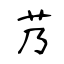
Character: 艿